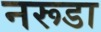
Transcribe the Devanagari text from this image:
नरूडा